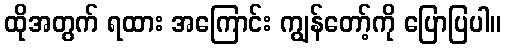
ထိုအတွက် ရထား အကြောင်း ကျွန်တော့်ကို ပြောပြပါ။